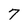
Character: 7